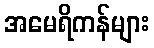
အမေရိကန်များ